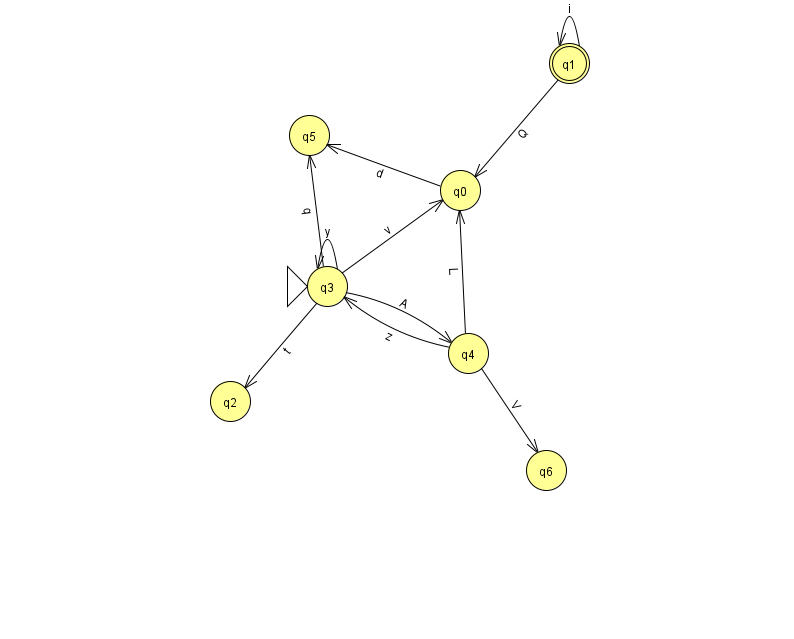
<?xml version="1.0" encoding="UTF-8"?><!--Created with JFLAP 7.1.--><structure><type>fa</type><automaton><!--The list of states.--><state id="0" name="q0"><x>460.0</x><y>177.0</y></state><state id="1" name="q1"><x>569.0</x><y>50.0</y><final/></state><state id="2" name="q2"><x>230.0</x><y>388.0</y></state><state id="3" name="q3"><x>327.0</x><y>273.0</y><initial/></state><state id="4" name="q4"><x>468.0</x><y>340.0</y></state><state id="5" name="q5"><x>309.0</x><y>122.0</y></state><state id="6" name="q6"><x>546.0</x><y>457.0</y></state><!--The list of transitions.--><transition><from>3</from><to>5</to><read>q</read></transition><transition><from>4</from><to>3</to><read>z</read></transition><transition><from>0</from><to>5</to><read>d</read></transition><transition><from>1</from><to>0</to><read>Q</read></transition><transition><from>4</from><to>0</to><read>L</read></transition><transition><from>1</from><to>1</to><read>i</read></transition><transition><from>3</from><to>3</to><read>y</read></transition><transition><from>3</from><to>2</to><read>t</read></transition><transition><from>3</from><to>4</to><read>A</read></transition><transition><from>3</from><to>0</to><read>v</read></transition><transition><from>4</from><to>6</to><read>V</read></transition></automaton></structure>